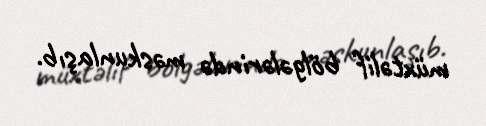
müxtəlif bölgələrində məskunlaşıb.